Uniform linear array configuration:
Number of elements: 8
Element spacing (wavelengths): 1
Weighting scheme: kaiser
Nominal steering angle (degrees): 15
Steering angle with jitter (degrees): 13.244
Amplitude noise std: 0.05
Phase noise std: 0.05

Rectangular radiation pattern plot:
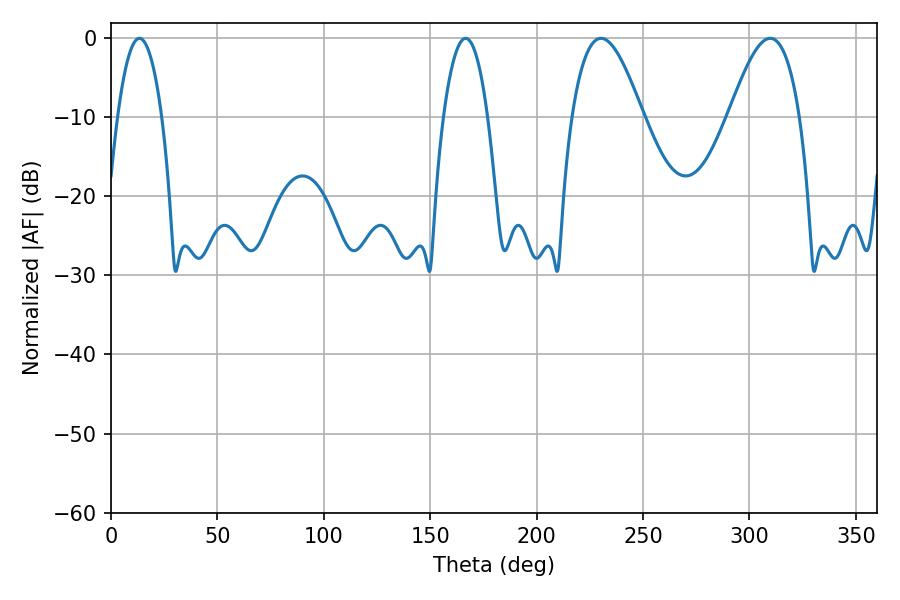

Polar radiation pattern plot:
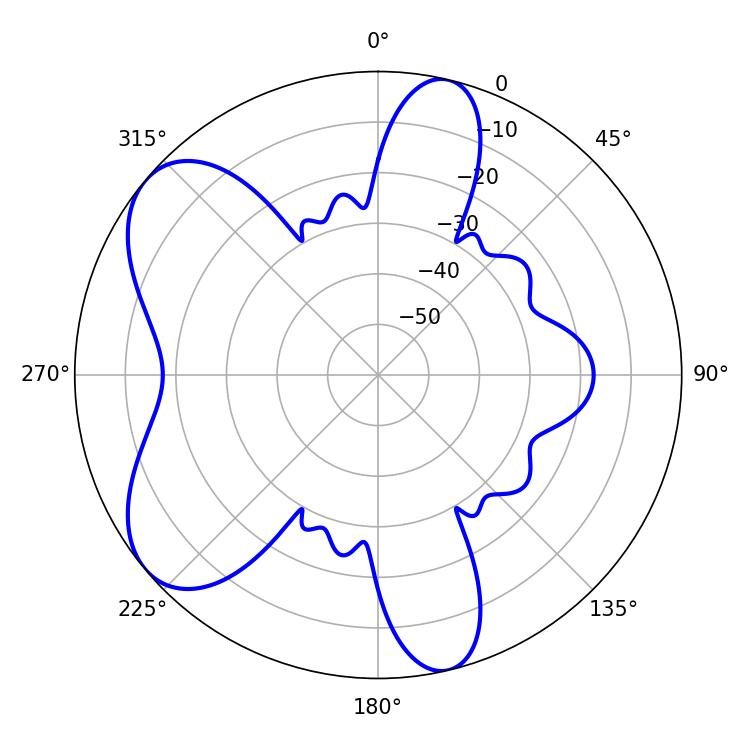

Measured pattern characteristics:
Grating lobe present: TRUE
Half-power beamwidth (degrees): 18
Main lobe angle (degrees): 230.22